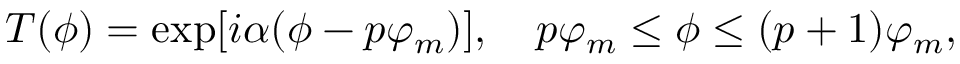
T ( \phi ) = \exp [ i \alpha ( \phi - p \varphi _ { m } ) ] , \quad p \varphi _ { m } \leq \phi \leq ( p + 1 ) \varphi _ { m } ,